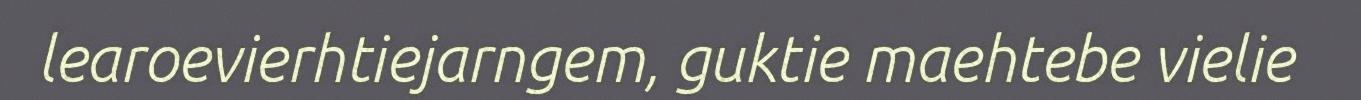
learoevierhtiejarngem, guktie maehtebe vielie